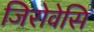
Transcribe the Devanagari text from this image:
जिरोवेसि